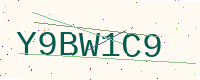
Text: Y9BW1C9